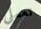
تعملى